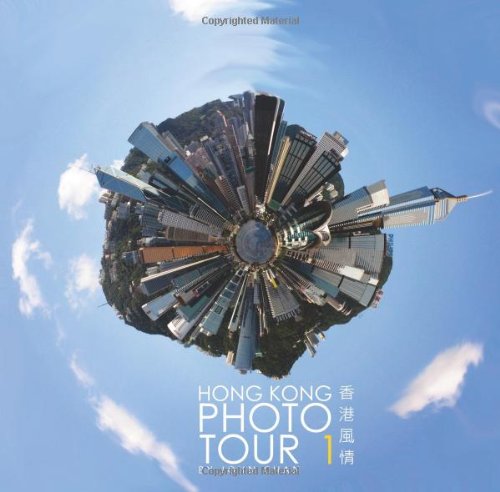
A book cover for Hong Kong Photo Tour; Mr John Chan; Travel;